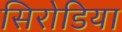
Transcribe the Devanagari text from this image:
सिरोडिया